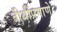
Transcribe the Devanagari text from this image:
तीथींप्रमाणे